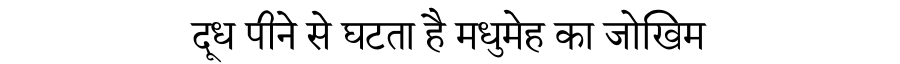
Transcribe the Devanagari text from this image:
दूध पीने से घटता है मधुमेह का जोखिम